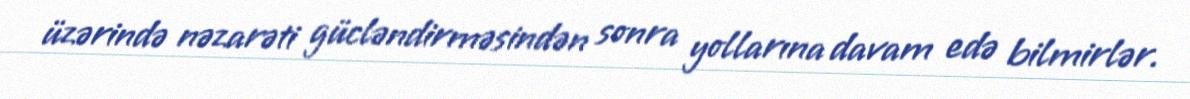
üzərində nəzarəti gücləndirməsindən sonra yollarına davam edə bilmirlər.